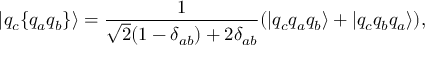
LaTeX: | q _ { c } \{ q _ { a } q _ { b } \} \rangle = \frac { 1 } { \sqrt { 2 } ( 1 - \delta _ { a b } ) + 2 \delta _ { a b } } ( | q _ { c } q _ { a } q _ { b } \rangle + | q _ { c } q _ { b } q _ { a } \rangle ) ,